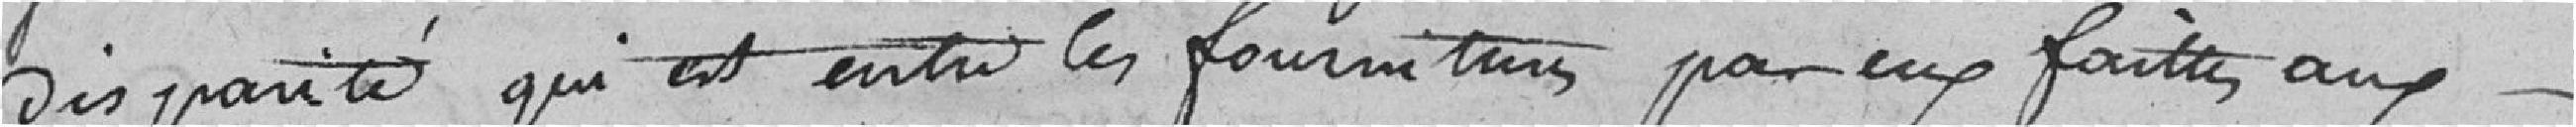
disparité qui est entre les fournitures par eux faites aux